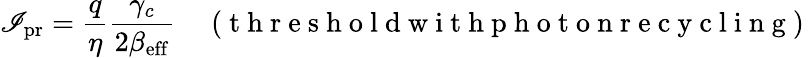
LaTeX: \mathscr{I}_{\mathrm{{pr}}}=\frac{{q}}{{\eta}}\frac{{\gamma_{c}}}{{2\beta_{\mathrm{{eff}}}}}\quad\mathrm{{~(~t~h~r~e~s~h~o~l~d~w~i~t~h~p~h~o~t~o~n~r~e~c~y~c~l~i~n~g~)~}}